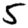
Digit: 5